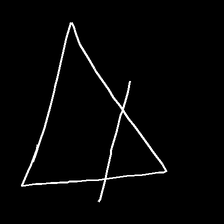
Glyph: empower